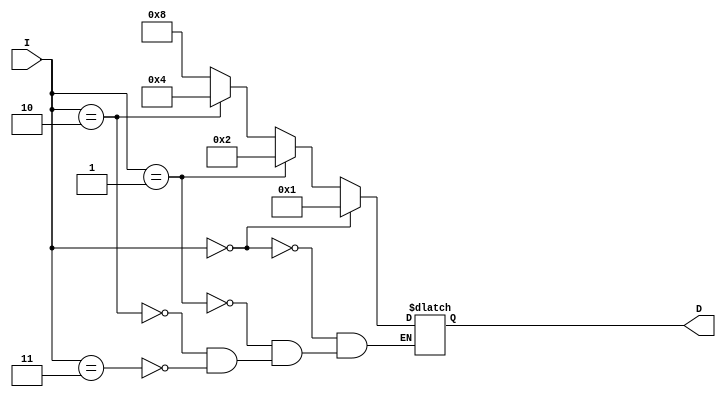
`timescale 1ns / 1ps
//////////////////////////////////////////////////////////////////////////////////
// Company: 
// Engineer: 
// 
// Design Name: 
// Module Name: datapath
// Project Name: 
// Target Devices: 
// Tool Versions: 
// Description: 
// 
// Dependencies: 
// 
// Revision:
// Revision 0.01 - File Created
// Additional Comments:
// 
//////////////////////////////////////////////////////////////////////////////////

//2x4 decoder
module decoder(I, D);
    input [1:0] I;
    output reg [3:0] D;
    
    always @(I) begin
        if(I == 2'b00)
            D <= 4'b0001;
        else if(I == 2'b01)
            D <= 4'b0010;
        else if(I == 2'b10)
            D <= 4'b0100;
        else if(I == 2'b11)
            D <= 4'b1000;
    end
    
endmodule

//4 bit register
module register4(I, Q, clk, rst);
    input [3:0] I;
    output reg [3:0] Q;
    input clk, rst;
    
    always @(posedge clk) begin
        if(rst == 1) //synchronous reset
            Q <= 4'b0000;
        else
            Q <= I;
    end

endmodule

//shift register
module shiftreg(I, Q, clk, rst, din, dir); //din: data in; dir: direction (1, right; 0, left)
    input [3:0] I;
    output reg [3:0] Q;
    input clk, rst, dir, din;
    
    always @(posedge clk) begin
        if(rst == 1)
            Q <= 4'b0000; 
        else begin
            if(dir == 1) //1: shift right; 0: shift left
                Q <= {din, I[3:1]}; //concatenate operator
            else
                Q <= {I[2:0], din};
        end
            
    end
endmodule

//4 bit adder with cin and cout
module adder4(A, B, S, cin, cout);
    input [3:0] A, B;
    input cin;
    output reg cout;
    output reg [3:0] S;
    
    reg [4:0] A5, B5, S5;
        
    always @(A, B, cin) begin
        A5 = {1'b0, A}; 
        B5 = {1'b0, B}; //blocking assignment for intermediate values
        S5 = A5 + B5 + cin;
        
        S <= S5[3:0]; //part selection
        cout <= S5[4];
        
    end

endmodule

//4-bit magnitude comparator
module comp4(A, B, gt, lt, eq);
    input [3:0] A;
    input signed [3:0] B;
    output reg gt, lt, eq;
    
    always @(A, B) begin
        if($signed({1'b0,A}) < B) begin //convert unsigned to signed
            gt <= 0; lt <= 1; eq <= 0;
        end
        else if($signed({1'b0,A}) > B) begin
            gt <= 1; lt <= 0; eq <= 0;
        end
        else begin
            gt <= 0; lt <= 0; eq <= 1;
        end
    end
endmodule